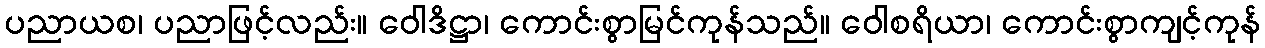
ပညာယစ၊ ပညာဖြင့်လည်း။ ဝေါဒိဋ္ဌာ၊ ကောင်းစွာမြင်ကုန်သည်။ ဝေါစရိယာ၊ ကောင်းစွာကျင့်ကုန်